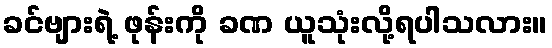
ခင်ဗျားရဲ့ ဖုန်းကို ခဏ ယူသုံးလို့ရပါသလား။